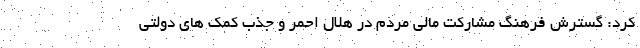
کرد: گسترش فرهنگ مشارکت مالی مردم در هلال احمر و جذب کمک های دولتی